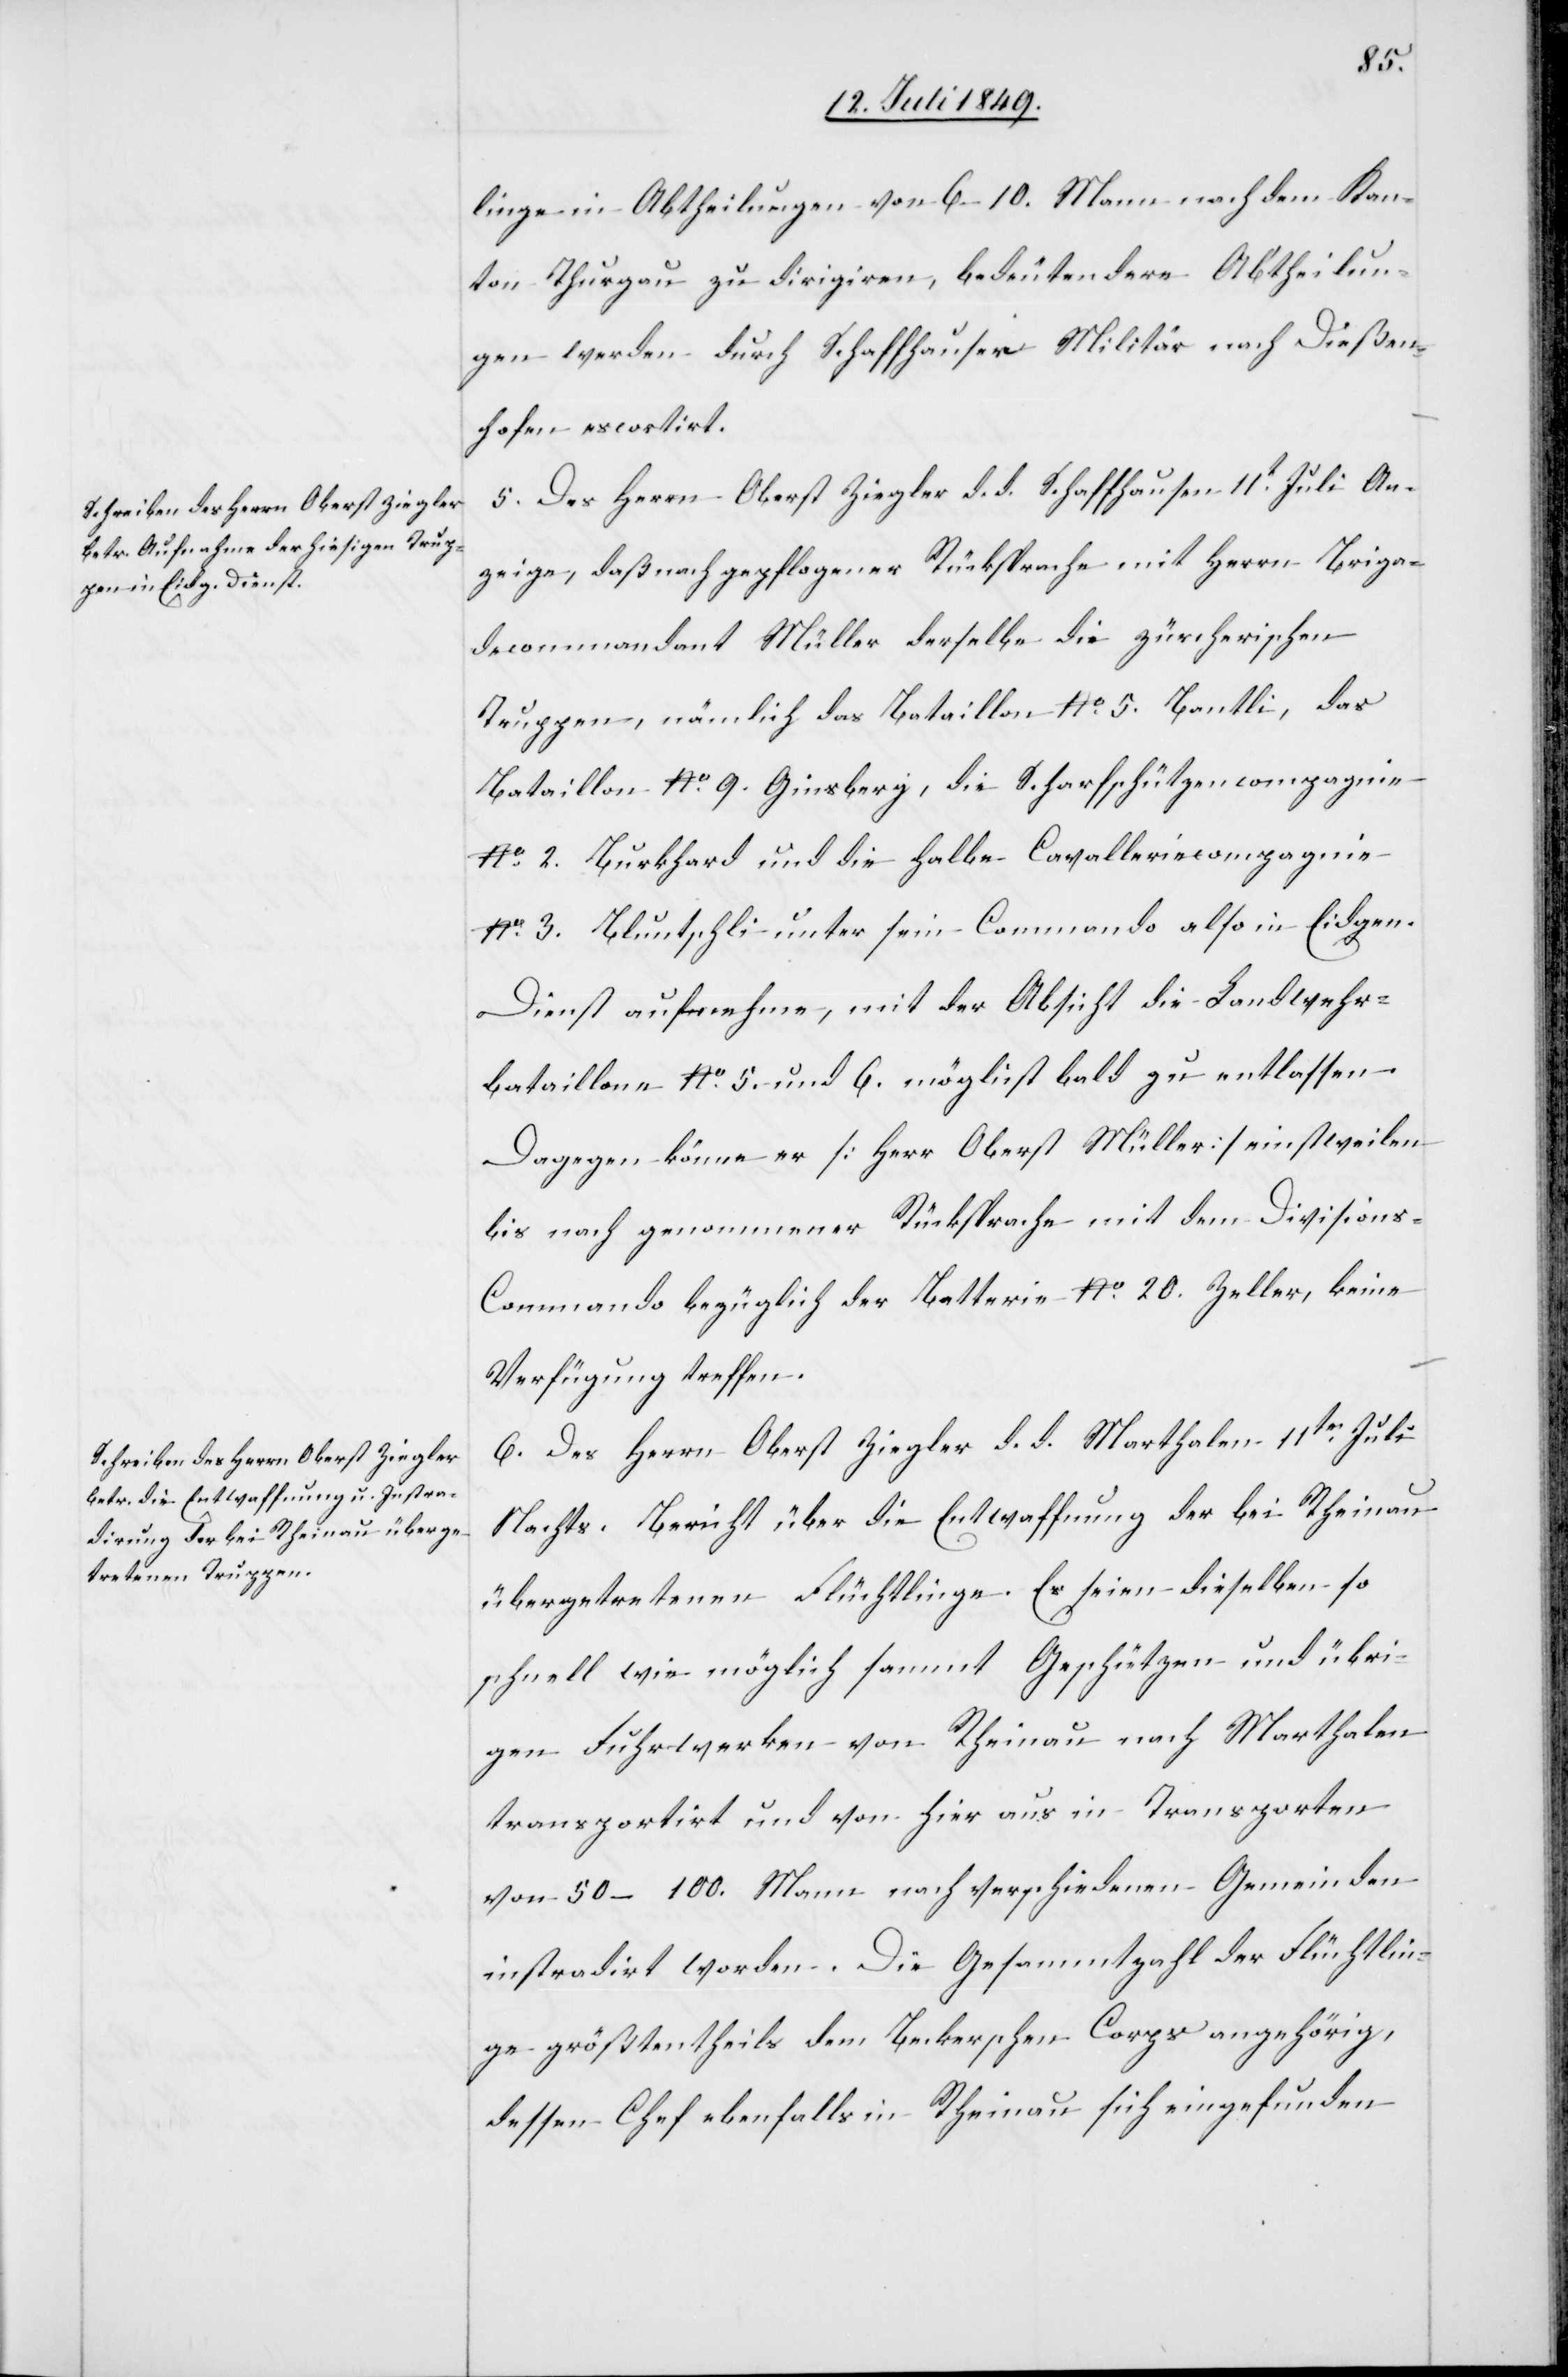
linge in Abtheilungen von 6–10. Mann nach dem Kan¬
ton Thurgau zu dirigiren, bedeutendere Abtheilun¬
gen werden durch Schaffhauser Militär nach Dießen¬
hofen escortirt.
5. Des Herrn Oberst Ziegler d. d. Schaffhausen 11t Juli An¬
zeige, daß nach gepflogener Rücksprache mit Herrn Briga¬
decommandant Müller derselbe die zürcherischen
Truppen, nämlich das Bataillon No. 5. Bantli, das
Bataillon No. 9. Ginsberg, die Scharfschützencompagnie
No. 2. Burkhard und die halbe Cavalleriecompagnie
No. 3. Bluntschli unter sein Commando also in Eidgen.
Dienst aufnehme, mit der Absicht die Landwehr¬
bataillone No. 5. und 6. möglichst bald zu entlassen.
Dagegen könne er [Herr Oberst Müller] einstweilen
bis nach genommener Rücksprache mit dem Division¬
s-Commando bezüglich der Batterie No. 20. Zeller, keine
Verfügung treffen.
6. Des Herrn Oberst Ziegler d. d. Marthalen 11ten Juli
Nachts. Bericht über die Entwaffnung der bei Rheinau
übergetretenen Flüchtlinge. Es seien dieselben so
schnell wie möglich sammt Geschützen und übri¬
gen Fuhrwerken von Rheinau nach Marthalen
transportirt und von hier aus in Transporten
von 50–100. Mann nach verschiedenen Gemeinden
instradirt worden. Die Gesammtzahl der Flüchtlin¬
ge größtentheils dem Beckerschen Corps angehörig,
dessen Chef ebenfalls in Rheinau sich eingefunden